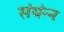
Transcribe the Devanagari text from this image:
संयंन्न